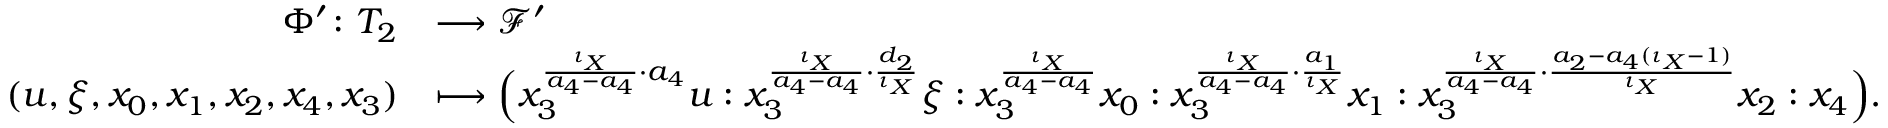
\begin{array} { r l } { \Phi ^ { \prime } \colon T _ { 2 } } & { \longrightarrow \mathcal { F } ^ { \prime } } \\ { ( u , \xi , x _ { 0 } , x _ { 1 } , x _ { 2 } , x _ { 4 } , x _ { 3 } ) } & { \longmapsto \Big ( x _ { 3 } ^ { \frac { \iota _ { X } } { a _ { 4 } - a _ { 4 } } \cdot a _ { 4 } } u : x _ { 3 } ^ { \frac { \iota _ { X } } { a _ { 4 } - a _ { 4 } } \cdot \frac { d _ { 2 } } { \iota _ { X } } } \xi : x _ { 3 } ^ { \frac { \iota _ { X } } { a _ { 4 } - a _ { 4 } } } x _ { 0 } : x _ { 3 } ^ { \frac { \iota _ { X } } { a _ { 4 } - a _ { 4 } } \cdot \frac { a _ { 1 } } { \iota _ { X } } } x _ { 1 } : x _ { 3 } ^ { \frac { \iota _ { X } } { a _ { 4 } - a _ { 4 } } \cdot \frac { a _ { 2 } - a _ { 4 } ( \iota _ { X } - 1 ) } { \iota _ { X } } } x _ { 2 } : x _ { 4 } \Big ) . } \end{array}